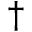
^ { \dagger }